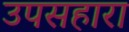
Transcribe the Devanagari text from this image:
उपसहारा